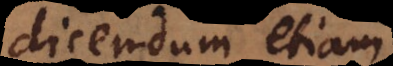
dicendum etiam